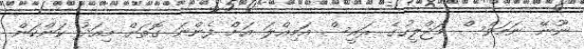
ނޫނޭ ނަމަވެސް މަޖްލީހުގެ ރައީސް އަމިއްލަ އަށް ފެންނަ ގޮތަށް މިއަދު ކަންކަން